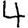
Digit: 4